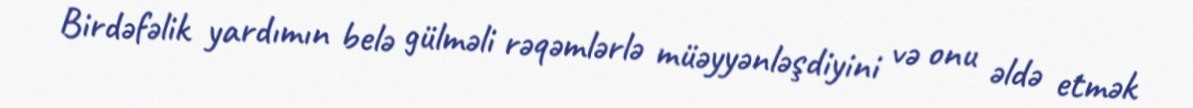
Birdəfəlik yardımın belə gülməli rəqəmlərlə müəyyənləşdiyini və onu əldə etmək